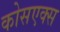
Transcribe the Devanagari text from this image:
कोसएक्स